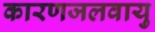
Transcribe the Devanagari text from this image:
कारणजलवायु